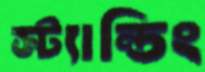
স্ট্যান্ডিং